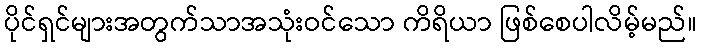
ပိုင်ရှင်များအတွက်သာအသုံးဝင်သော ကိရိယာ ဖြစ်စေပါလိမ့်မည်။